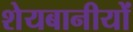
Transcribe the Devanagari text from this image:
शेयबानीयों